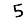
Digit: 5